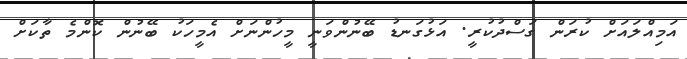
އަމިއްލައަށް ކުރަން ގަސްދުކުރީ. އަޅުގަނޑު ބޭނުންވަނީ މީހުންނަށް އެމީހަކު ބޭނުން ކޮންމެ ތާކަށް